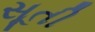
સૂતી